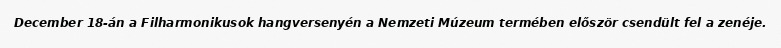
December 18-án a Filharmonikusok hangversenyén a Nemzeti Múzeum termében először csendült fel a zenéje.